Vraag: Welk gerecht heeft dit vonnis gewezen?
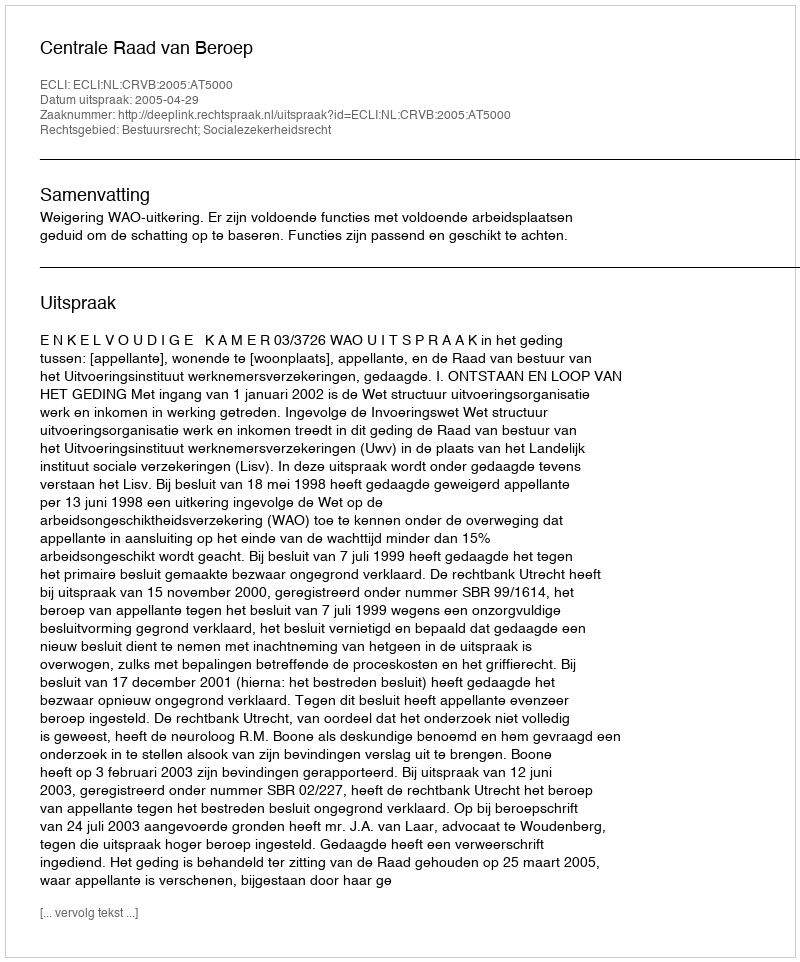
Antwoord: Centrale Raad van Beroep